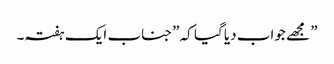
” مجھے جواب دیا گیا کہ ”جناب ایک ہفتہ۔